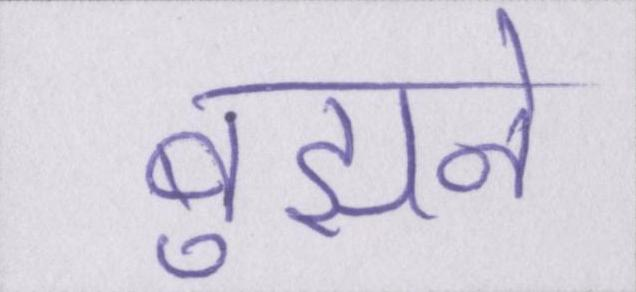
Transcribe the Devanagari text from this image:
बुझने